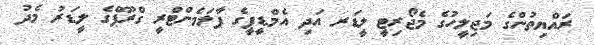
ރައްޔިތުންގެ މަޖިލީހުގެ މެޖޯރިޓީ ލީޑަރ އަދި އެމްޑީޕީގެ ޕާލަމެންޓްރީ ގްރޫޕްގެ ލީޑަރު މެދު